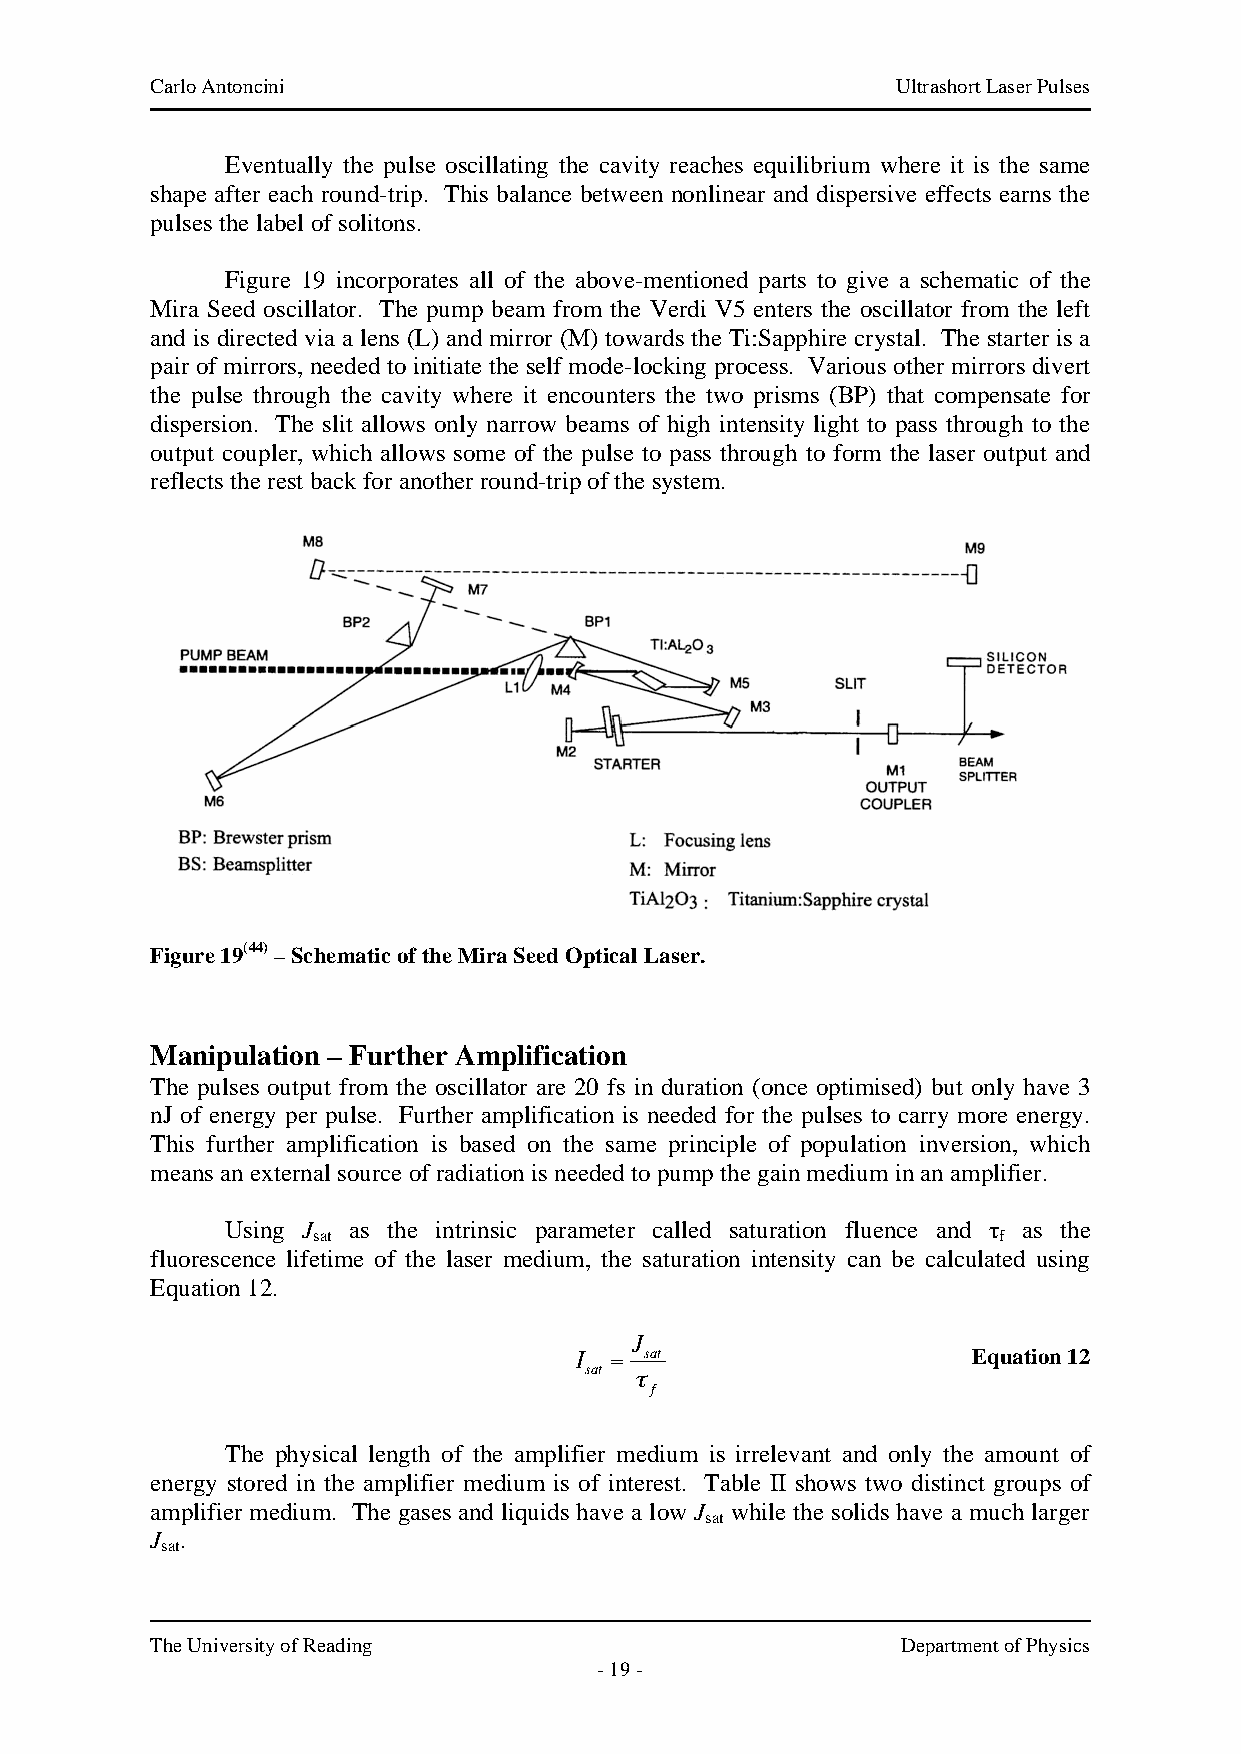
Carlo Antoncini                                  Ultrashort Laser Pulses
 Eventually the pulse oscillating the cavity reaches equilibrium where it is the same
 shape after each round-trip. This balance between nonlinear and dispersive effects earns the
 pulses the label of solitons.
 Figure 19 incorporates all of the above-mentioned parts to give a schematic of the
 Mira Seed oscillator. The pump beam from the Verdi V5 enters the oscillator from the left
 and is directed via a lens (L) and mirror (M) towards the Ti:Sapphire crystal. The starter is a
 pair of mirrors, needed to initiate the self mode-locking process. Various other mirrors divert
 the pulse through the cavity where it encounters the two prisms (BP) that compensate for
 dispersion. The slit allows only narrow beams of high intensity light to pass through to the
 output coupler, which allows some of the pulse to pass through to form the laser output and
 reflects the rest back for another round-trip of the system.
 Figure 19(44) – Schematic of the Mira Seed Optical Laser.
 Manipulation – Further Amplification
 The pulses output from the oscillator are 20 fs in duration (once optimised) but only have 3
 nJ of energy per pulse. Further amplification is needed for the pulses to carry more energy.
 This further amplification is based on the same principle of population inversion, which
 means an external source of radiation is needed to pump the gain medium in an amplifier.
 Using J as the intrinsic parameter called saturation fluence and τ as the
 sat                                          f
 fluorescence lifetime of the laser medium, the saturation intensity can be calculated using
 Equation 12.
 J
 I =  sat                  Equation 12
 sat
 "
 f
 The physical length of the amplifier medium is irrelevant and only the amount of
 energy stored in the amplifier medium is of interest. Table II shows two distinct groups of
 !
 amplifier medium. The gases and liquids have a low J while the solids have a much larger
 sat
 J .
 sat
 The University of Reading                         Department of Physics
 - 19 -